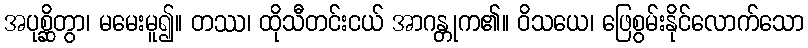
အပုစ္ဆိတွာ၊ မမေးမူ၍။ တဿ၊ ထိုသီတင်းငယ် အာဂန္တုက၏။ ဝိသယေ၊ ဖြေစွမ်းနိုင်လောက်သော